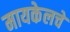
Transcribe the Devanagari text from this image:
मायकेलचे